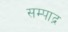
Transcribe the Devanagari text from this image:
सम्पाद्न